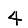
Digit: 4